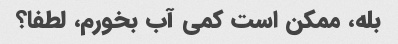
بله، ممکن است کمی آب بخورم، لطفا؟